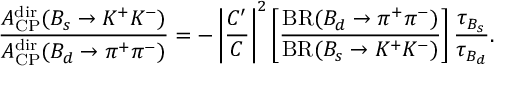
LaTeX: \frac { { \cal A } _ { \mathrm { C P } } ^ { \mathrm { d i r } } ( B _ { s } \to K ^ { + } K ^ { - } ) } { { \cal A } _ { \mathrm { C P } } ^ { \mathrm { d i r } } ( B _ { d } \to \pi ^ { + } \pi ^ { - } ) } = - \left| \frac { { \cal C } ^ { \prime } } { { \cal C } } \right| ^ { 2 } \left[ \frac { \mathrm { B R } ( B _ { d } \to \pi ^ { + } \pi ^ { - } ) } { \mathrm { B R } ( B _ { s } \to K ^ { + } K ^ { - } ) } \right] \frac { \tau _ { B _ { s } } } { \tau _ { B _ { d } } } .